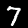
Digit: 7